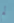
لم